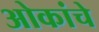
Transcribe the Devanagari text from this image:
ओकांचे